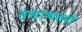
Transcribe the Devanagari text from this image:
तसाचतशे